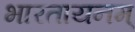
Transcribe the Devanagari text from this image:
भारतायनम्